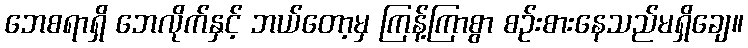
ဘေစရာရှိ ဘေလိုက်နှင့် ဘယ်တော့မှ ကြန့်ကြာစွာ စဉ်းစားနေသည်မရှိချေ။